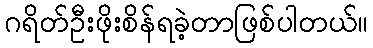
ဂရိတ်ဦးဖိုးစိန်ရခဲ့တာဖြစ်ပါတယ်။